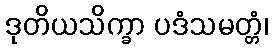
ဒုတိယသိက္ခာ ပဒံသမတ္တံ၊